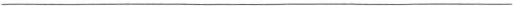
___